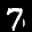
Label: 7